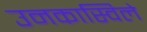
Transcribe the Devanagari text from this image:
उनकास्विले